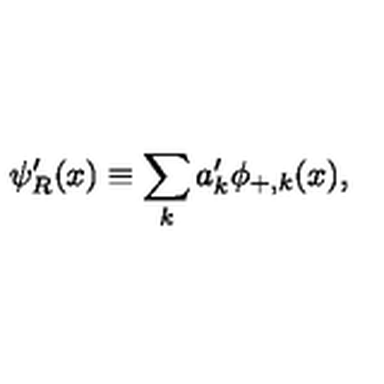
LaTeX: \psi _ { R } ^ { \prime } ( x ) \equiv \sum _ { k } a _ { k } ^ { \prime } \phi _ { + , k } ( x ) ,